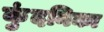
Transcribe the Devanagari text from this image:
कुंदनिका